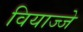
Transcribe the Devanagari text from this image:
वियाज्जे